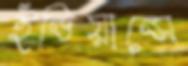
ইন্ডিয়ান্সে